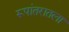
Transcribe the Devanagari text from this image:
रूपांतरातला